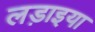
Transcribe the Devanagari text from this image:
लड़ाइया